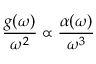
\frac { g ( \omega ) } { \omega ^ { 2 } } \propto \frac { \alpha ( \omega ) } { \omega ^ { 3 } }